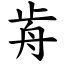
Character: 歬